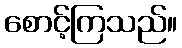
စောင့်ကြသည်။